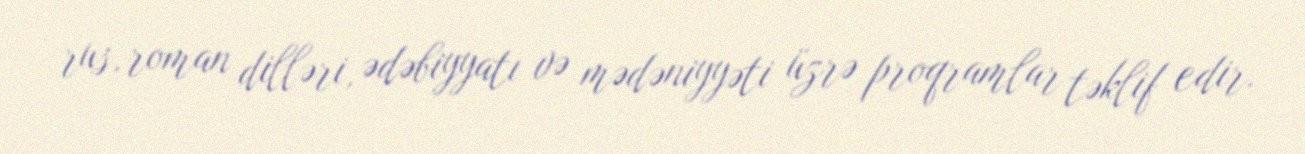
rus, roman dilləri, ədəbiyyatı və mədəniyyəti üzrə proqramlar təklif edir.